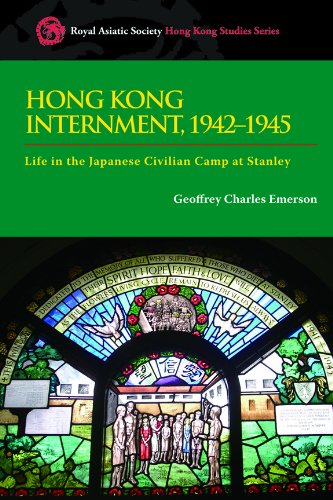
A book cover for Hong Kong Internment, 1942-1945: Life in the Japanese Civilian Camp at Stanley (Royal Asiatic Society Hong Kong Studies Series); Geoffrey Charles Emerson; History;